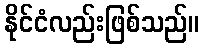
နိုင်ငံလည်းဖြစ်သည်။